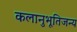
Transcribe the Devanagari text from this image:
कलानुभूतिजन्य